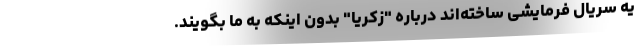
یه سریال فرمایشی ساخته‌اند درباره "زکریا" بدون اینکه به ما بگویند.